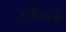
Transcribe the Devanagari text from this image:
स्लीपरची